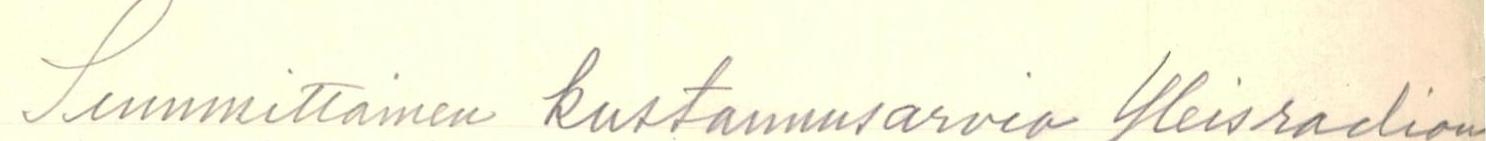
Summittainen kustannusarvio Yleisradion